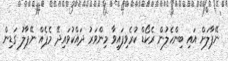
ނޭޕާލަށް އައި ބިންހެލުން ރެކޯޑް ކުރެވިފައިވާ މިންވަރު ދައްކުވައިދޭ މެޕެއް ނޭޕާލު ގަޑިން